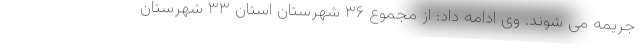
جریمه می شوند. وی ادامه داد: از مجموع ۳۶ شهرستان استان ۳۳ شهرستان